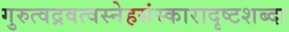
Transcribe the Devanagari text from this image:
गुरुत्वद्रवत्वस्नेहसंस्कारादृष्टशब्दा